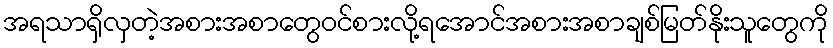
အရသာရှိလှတဲ့အစားအစာတွေဝင်စားလို့ရအောင်အစားအစာချစ်မြတ်နိုးသူတွေကို